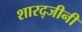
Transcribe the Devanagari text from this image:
शारद्जीनी